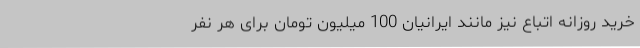
خرید روزانه اتباع نیز مانند ایرانیان 100 میلیون تومان برای هر نفر